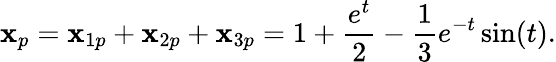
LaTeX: \mathbf{x}_{p}=\mathbf{x}_{1p}+\mathbf{x}_{2p}+\mathbf{x}_{3p}=1+{\frac{{e^{t}}}{{2}}}-{\frac{{1}}{{3}}}e^{-t}\sin(t).